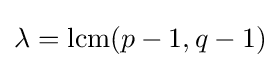
\lambda =\operatorname {lcm} (p-1,q-1)